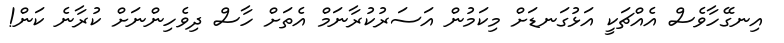
އިނގޭހާވެސް އެއްޗަކީ އަޅުގަނޑަށް މިކަމުން އަސަރުކުރާނަމް އެތަށް ހާސް ދިވެހިންނަށް ކުރާނެ ކަން!